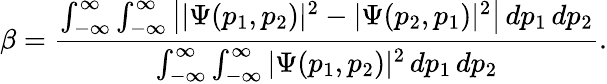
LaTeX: \beta=\cfrac{\int_{-\infty}^{\infty}\int_{-\infty}^{\infty}\left||\Psi(p_{1},p_{2})|^{2}-|\Psi(p_{2},p_{1})|^{2}\right|\, dp_{1}\, dp_{2}}{\int_{-\infty}^{\infty}\int_{-\infty}^{\infty}|\Psi(p_{1},p_{2})|^{2}\, dp_{1}\, dp_{2}}.